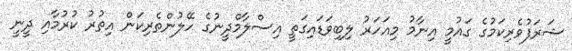
ޝަރަފުވެރިކަމުގެ ގައުމީ އިނާމު މިއަހަރު ލިބިވަޑައިގަތީ އިސްލާމްދީނުގެ ހޭލުންތެރިކަން އިތުރު ކުރުމާއި ދީނީ